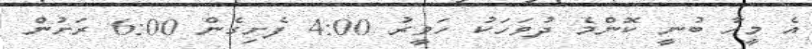
އެ މީހާ ބުނީ ކޮންމެ ދުވަހަކު ހަވީރު 4:00 ފެށިގެން 6:00 ރަށުން